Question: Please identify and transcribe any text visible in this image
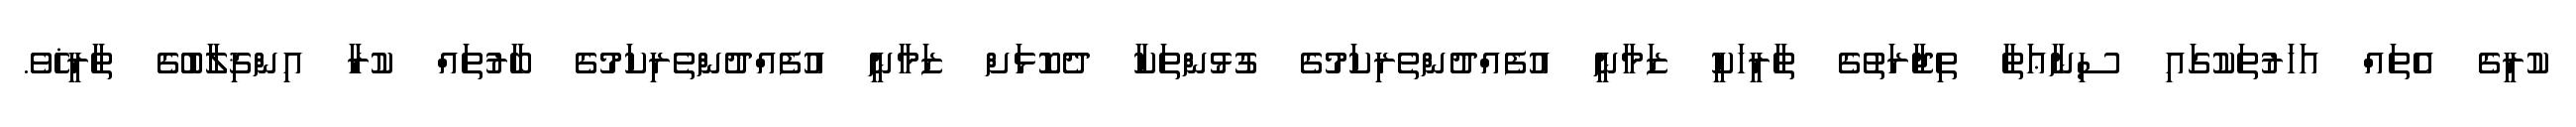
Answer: ކުރީގެ އެތައް އަހަރުތަކުގައި ސިނާޢަތާ ތިޖާރަތުގެ ތާރީޚަކީ ޒަމާނީ އުފެއްދުންތެރިކަމުގެ ގުޅުންތަކާ ދެކޮޅަށް ޒަމާނީ އުފެއްދުންތެރިކަމުގެ ބާރުތައް ކުރާ އިންޤިލާބުގެ ތާރީޚެވެ.